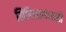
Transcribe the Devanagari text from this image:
निरिक्षाणासाठी